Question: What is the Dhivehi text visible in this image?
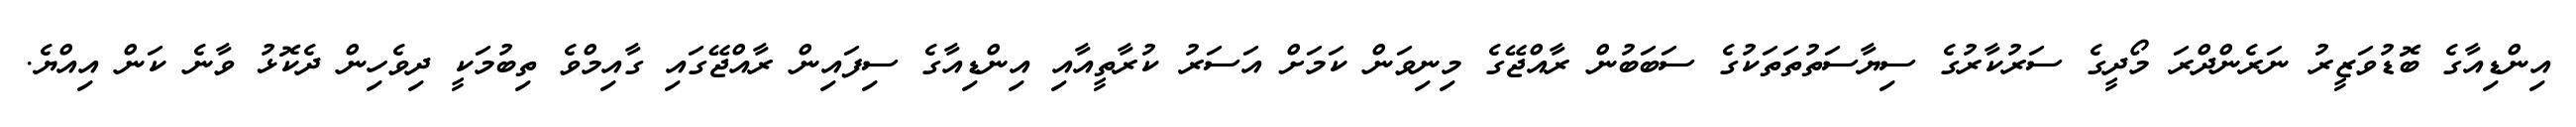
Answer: އިންޑިއާގެ ބޮޑުވަޒީރު ނަރެންދްރަ މޯދީގެ ސަރުކާރުގެ ސިޔާސަތުތަތަކުގެ ސަބަބުން ރާއްޖޭގެ މިނިވަން ކަމަށް އަސަރު ކުރާތީއާއި އިންޑިއާގެ ސިފައިން ރާއްޖޭގައި ގާއިމްވެ ތިބުމަކީ ދިވެހިން ދެކޮޅު ވާނެ ކަން އިއްޔެ.